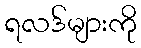
ရလဒ်များကို